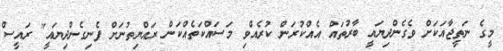
މީގެ ނަތީޖާއަކަށް ވެގެންދިޔައީ ބާރުތައް އެއްކުރަން ކުރެއްވި މަސައްކަތެއްކަން ރައްޔިތުނަށް ފެނިގެންދިޔައީ" ރައީސް